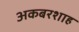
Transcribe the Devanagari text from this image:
अकबरशाह